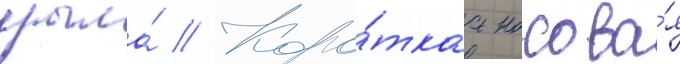
крыла́ // Коро́ткаа носова́я